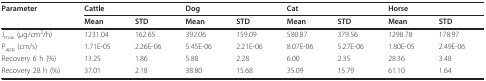
<table><thead><tr><td><b>Parameter</b></td><td colspan="2"><b>Cattle</b></td><td colspan="2"><b>Dog</b></td><td colspan="2"><b>Cat</b></td><td colspan="2"><b>Horse</b></td></tr><tr><td></td><td><b>Mean</b></td><td><b>STD</b></td><td><b>Mean</b></td><td><b>STD</b></td><td><b>Mean</b></td><td><b>STD</b></td><td><b>Mean</b></td><td><b>STD</b></td></tr></thead><tbody><tr><td>J<sub>max </sub>(μg/cm<sup>2</sup>/h)</td><td>1231.04</td><td>162.65</td><td>392.06</td><td>159.09</td><td>580.87</td><td>379.56</td><td>1298.78</td><td>178.97</td></tr><tr><td>P<sub>app </sub>(cm/s)</td><td>1.71E-05</td><td>2.26E-06</td><td>5.45E-06</td><td>2.21E-06</td><td>8.07E-06</td><td>5.27E-06</td><td>1.80E-05</td><td>2.49E-06</td></tr><tr><td>Recovery 6 h (%)</td><td>13.25</td><td>1.86</td><td>5.88</td><td>2.28</td><td>6.00</td><td>2.35</td><td>28.36</td><td>3.48</td></tr><tr><td>Recovery 28 h (%)</td><td>37.01</td><td>2.18</td><td>38.80</td><td>15.68</td><td>35.09</td><td>15.79</td><td>61.10</td><td>1.64</td></tr></tbody></table>